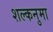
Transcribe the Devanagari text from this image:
शल्कनुमा